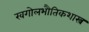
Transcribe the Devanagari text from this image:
खगोलभौतिकशास्त्र